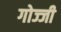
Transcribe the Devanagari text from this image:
गोज्जी